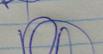
Signature authenticity: genuine